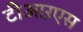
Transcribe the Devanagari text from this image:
टीआऱएस